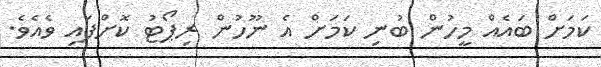
ކަމަށް ބައެއް މީހުން ބުނި ކަމަށް އެ ނޫހުން ރިޕޯޓު ކޮށްފައި ވެއެވެ.